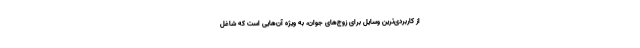
از کاربردی‌ترین وسایل برای زوج‌های جوان، به ویژه آن‌هایی است که شاغل